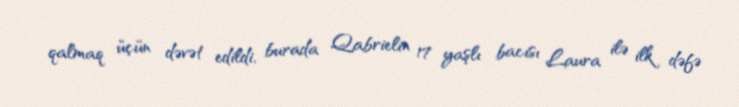
qalmaq üçün dəvət edildi, burada Qabrielin 17 yaşlı bacısı Laura ilə ilk dəfə